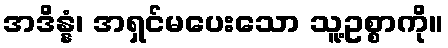
အဒိန္နံ၊ အရှင်မပေးသော သူ့ဥစ္စာကို။